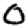
Digit: 0